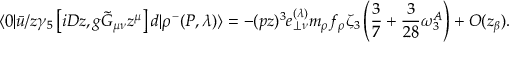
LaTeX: \langle 0 | \bar { u } \slash { z } \gamma _ { 5 } \left[ i D z , g \tilde { G } _ { \mu \nu } z ^ { \mu } \right] d | \rho ^ { - } ( P , \lambda ) \rangle = - ( p z ) ^ { 3 } e _ { \perp \nu } ^ { ( \lambda ) } m _ { \rho } f _ { \rho } \zeta _ { 3 } \left( \frac { 3 } { 7 } + \frac { 3 } { 2 8 } \omega _ { 3 } ^ { A } \right) + O ( z _ { \beta } ) .